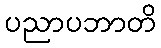
ပညာပဘာတိ